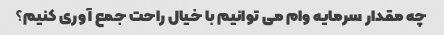
چه مقدار سرمایه وام می توانیم با خیال راحت جمع آوری کنیم؟